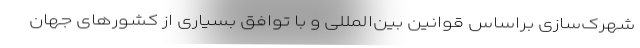
شهرک‌سازی براساس قوانین بین‌المللی و با توافق بسیاری از کشورهای جهان